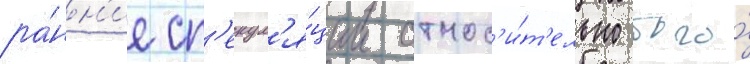
ра́нн'ие сп'екул'я́ции относ'и́т'ельно того́